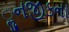
ૢનજીકના